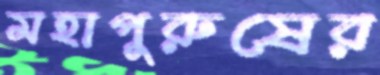
মহাপুরুষের